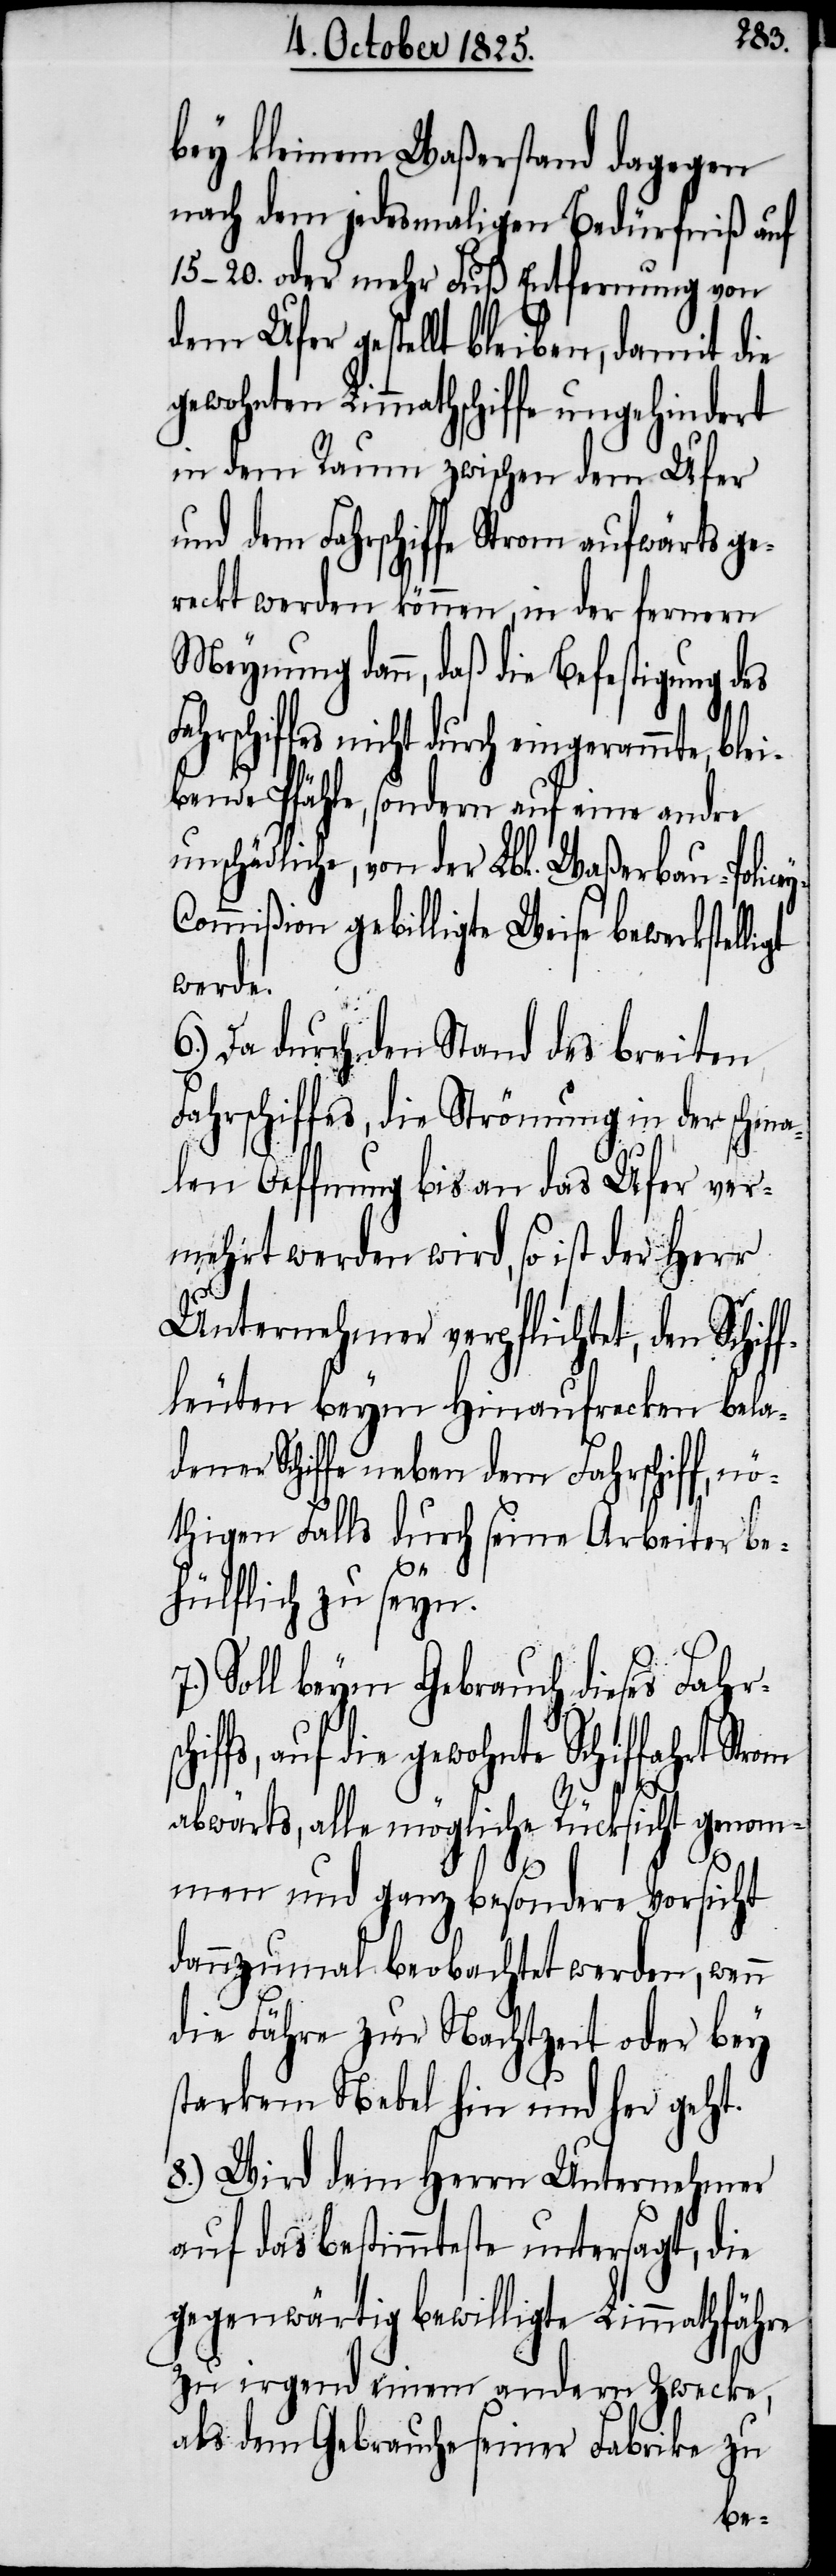
bey kleinem Waßerstand dagegen
nach dem jedesmaligen Bedürfniß auf
15–20. oder mehr Fuß Entfernung von
dem Ufer gestellt bleiben, damit die
gewohnten Limmathschiffe ungehindert
in dem Raum zwischen dem Ufer
und dem Fahrschiffe Strom aufwärts ge¬
reckt werden können, in der fernern
Meynung dann, daß die Befestigung des
chiffes nicht durch eingerammte, ble¬
ibende Pfähle, sondern auf eine andre
unschädliche, von der Lbl. Waßerbau-Police¬
ommißion gebilligte Weise bewerkstel¬
werde.
6.) Da durch den Stand des breiten
Fahrschiffes, die Strömung in der schma¬
chiffs,
len Oeffnung bis an das Ufer ver¬
mehrt werden wird, so ist der Herr
Unternehmer verpflichtet, den Schif¬
fleuten beym hinaufrecken bela¬
dener Schiffe neben dem Fahrschiff, nö¬
thigen Falls durch seine Arbeiter be¬
y-C¬
hülflich zu seyn.
Soll beym Gebrauch dieses Fahrs¬
auf die gewohnte Schiffahrt
abwärts, alle mögliche Rücksicht genom¬
men und ganz besondere Vorsicht
dannzumal beobachtet werden, wenn
die Fähre zur Nachtzeit oder bey
starkem Nebel hin und her geht.
8.) Wird dem Herrn Unternehmer
auf das bestimmteste untersagt, die
gegenwärtig bewilligte Limmathfähre
zu irgend einem andern Zwecke,
als dem Gebrauche seiner Fabrike zu